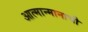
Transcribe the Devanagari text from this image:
आत्मान्मानाची